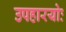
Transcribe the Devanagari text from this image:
उपहारयोः